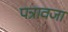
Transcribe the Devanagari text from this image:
पत्रावजा